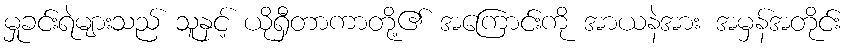
မှုခင်းရဲများသည် သူနှင့် ယိုရှီတာကာတို့၏ အကြောင်းကို အာယနဲအား အမှန်အတိုင်း